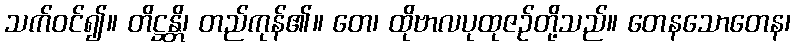
သက်ဝင်၍။ တိဋ္ဌန္တိ၊ တည်ကုန်၏။ တေ၊ ထိုဗာလပုထုဇဉ်တို့သည်။ တေနသောတေန၊